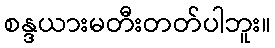
စန္ဒယားမတီးတတ်ပါဘူး။